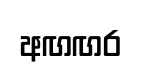
අඟඟර